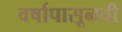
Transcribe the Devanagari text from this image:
वर्षापासूनची